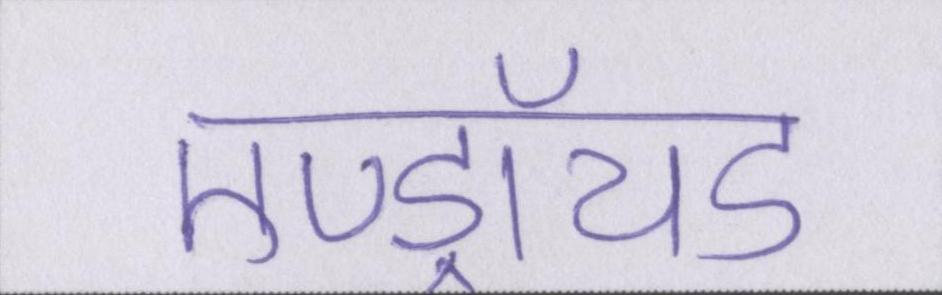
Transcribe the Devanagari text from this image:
एण्ड्रॉयड